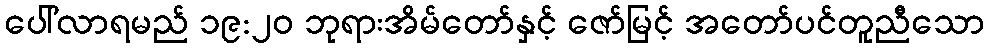
ပေါ်လာရမည် ၁၉:၂၀ ဘုရားအိမ်တော်နှင့် ဇော်မြင့် အတော်ပင်တူညီသော